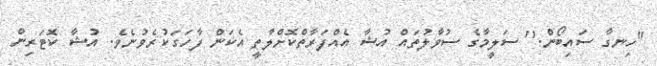
"ހިނގާ ސައިބޯން." ސަލީމާގެ ސުވާލުތައް އުޝާ އެއްފަރާތްކޮށްލާތީ އެކަން ފާހަގަކުރެވުނެވެ. އުޝާ ކޮޓަރިން